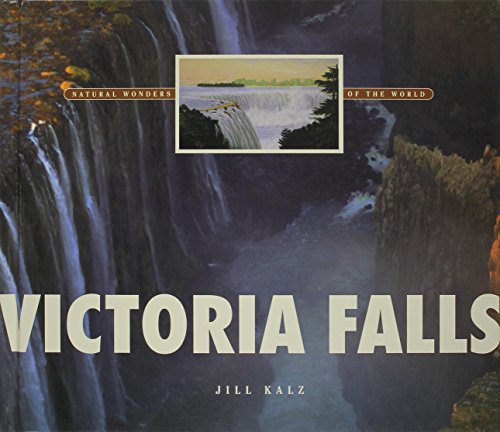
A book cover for Victoria Falls (Natural Wonders of the World); Jill Kalz; Travel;